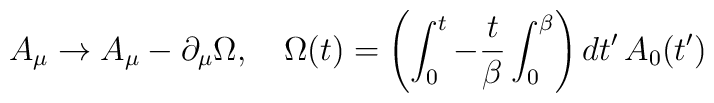
A_{\mu}\rightarrow A_{\mu} - \partial_{\mu}\Omega,\quad \Omega(t) =\left(\int_{0}^{t} - {t\over \beta}\int_{0}^{\beta}\right)dt'\,A_{0}(t')